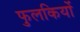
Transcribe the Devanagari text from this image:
फुलकियों